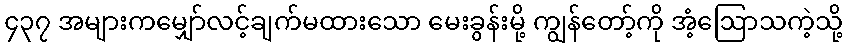
၄၃၇ အများကမျှော်လင့်ချက်မထားသော မေးခွန်းမို့ ကျွန်တော့်ကို အံ့ဩောသကဲ့သို့